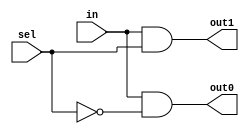
module Dmux(output out1, output out0, input sel, input in) ;
//declaring temps 
wire notsel;
//modelling the circuit
//out0 = (in) AND NOT(sel) out1 = (in) AND (sel)
not(notsel, sel);
and(out1, in, sel);
and(out0, in, notsel);
endmodule